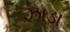
ઝાડા